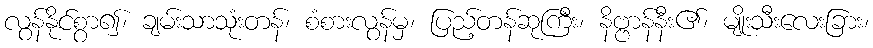
လွန်နိုင်စွာ၍၊ ချမ်းသာသုံးတန်၊ စံစားလွန်မှ၊ ပြည့်တန်ဆုကြီး၊ နိဗ္ဗာန်နီး၏၊ မျိုးသီးလေးခြား၊